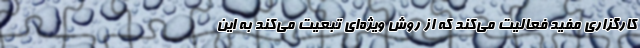
کارگزاری مفید فعالیت می‌کند که از روش ویژه‌ای تبعیت می‌کند به این